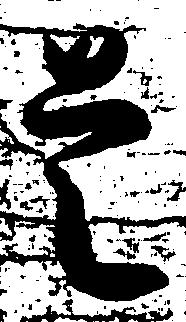
是